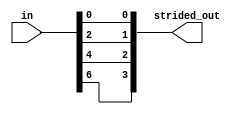
module STRIDE #(
    //parameter OPERATION = "and", // either put "and" or "or"
    parameter LEN = 8,
    parameter STRIDE = 2
) (
    input [LEN-1:0] in,
    output [$signed(LEN/STRIDE)-1:0] strided_out
);

// Idea:
// 0 1 2 3 4 5 6 7
// ^   ^   ^   ^
// |   |   |   |
//
// 0. | [0] 1
// 1. | [2] 3
// 2. | [4] 5
// 3. | [6] 7

genvar i;
genvar stride_index;
generate

    for (i = 0; i < LEN; i = i + 1) begin : REDUCE_LOOP
        if (i%STRIDE == 0) begin
            assign strided_out[$signed(i/STRIDE)] = in[i];
            //stride_index = stride_index + 1;
        end
    end

endgenerate
    
endmodule